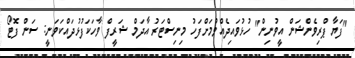
"ފަޔާ ޕްރިވެންޝަން އީވުނިން" ހުޅުވައިދެއްވުމަށްފަހު މިނިސްޓަރު އާދަމް ޝަރީފް ވާހަކަފުޅުދައްކަވަނީ: ސަން ފޮޓޯ